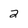
Character: 2